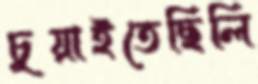
চুয়াইতেছিলি